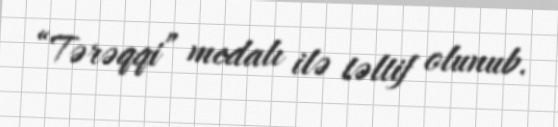
“Tərəqqi” medalı ilə təltif olunub.